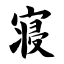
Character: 寝